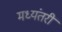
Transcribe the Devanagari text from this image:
मध्यंतरीं